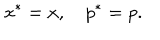
x ^ { \ast } = x , \quad p ^ { \ast } = p .